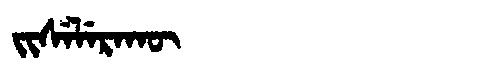
Manchu: ᠵᡳᠰᡝᠯᡝᡵᠠᡴᡡ
Romanization: JISELERAKŪ